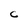
Character: C